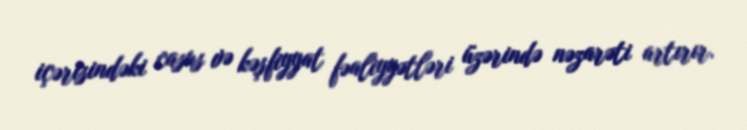
içərisindəki casus və kəşfiyyat fəaliyyətləri üzərində nəzarəti artırır.